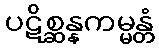
ပဋိစ္ဆန္နကမ္မန္တံ